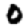
Digit: 0